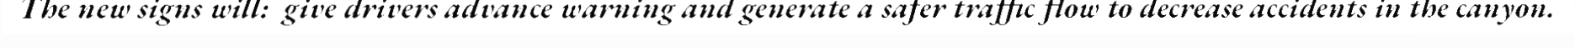
The new signs will:  give drivers advance warning and generate a safer traffic flow to decrease accidents in the canyon.